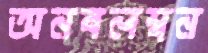
অনবলম্বন